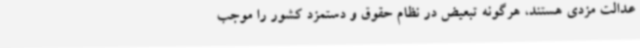
عدالت مزدی هستند، هرگونه تبعیض در نظام حقوق و دستمزد کشور را موجب